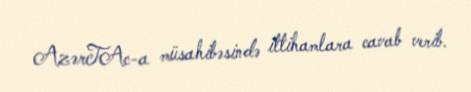
AzərTAc-a müsahibəsində ittihamlara cavab verib.